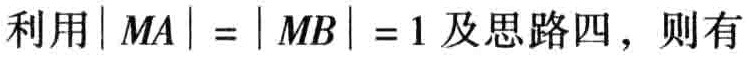
利用\(\vert MA\vert = \vert MB\vert = 1\)及思路四，则有